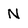
Character: N